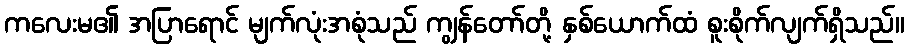
ကလေးမ၏ အပြာရောင် မျက်လုံးအစုံသည် ကျွန်တော်တို့ နှစ်ယောက်ထံ စူးစိုက်လျက်ရှိသည်။